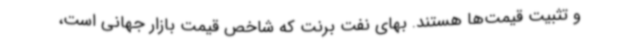
و تثبیت قیمت‌ها هستند. بهای نفت برنت که شاخص قیمت بازار جهانی است،